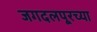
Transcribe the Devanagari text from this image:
जगदलपूरच्या